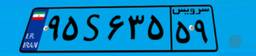
۹۵S۶۳۵۵۹